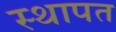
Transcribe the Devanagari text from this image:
स्थापत